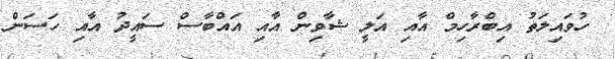
ހުވައިލަތު އިބްރާހިމް އާއި އަލީ ޝާވިން އާއި އައްބާސް ސައީދު އާއި ހަސަން